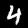
Digit: 4